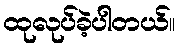
ထုလုပ်ခဲ့ပါတယ်။